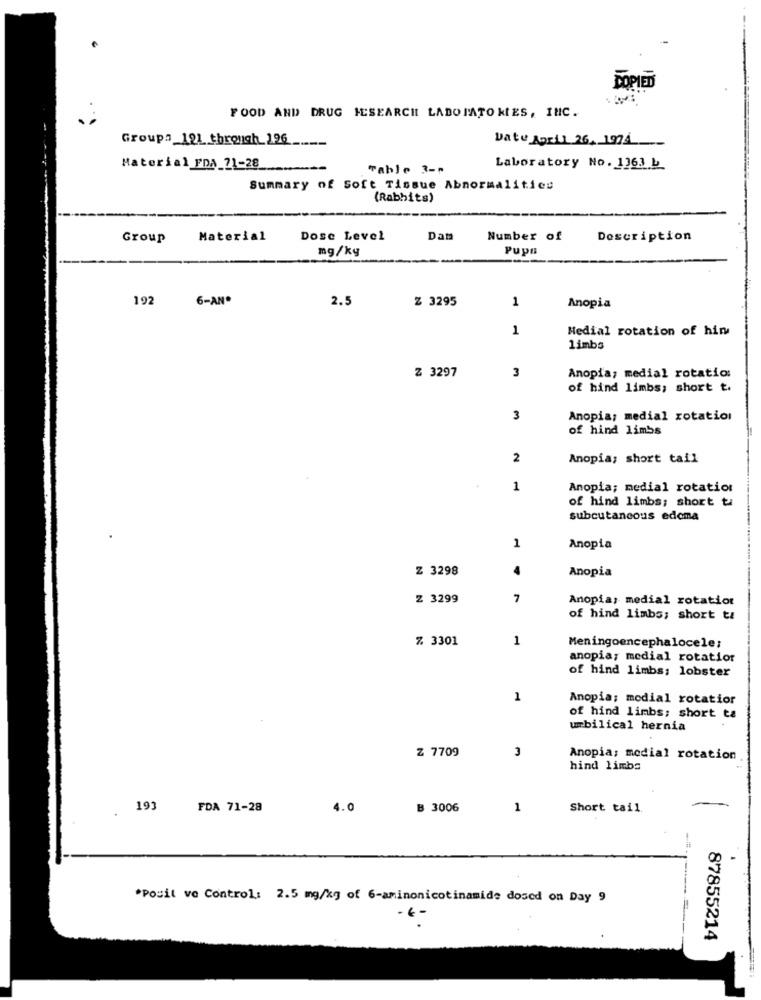
DOPIED
FOOD AND DRUG IESEARCH LADOIATO KIES, INC.
Group: 191 through 196
Date April 26. 1974 ___
Material FDA 71-28
Table 3-5
Laboratory No. 1363 b
Summary of Soft Tissue Abnormalities
(Rabbits)
Group
Material
Dose Level
Dans
Number of
Description
mg/kg
Pups
192
6-ANº
2.5
Z 3295
1
Anopia
1
Medial rotation of him
limbs
Z 3297
3
Anopia; medial rotation
of hind limbs; short t.
3
Anopia; medial rotation
of hind limbs
2
Anopia; short tail
1
Anopia; medial rotation
of hind limbs; short t
subcutaneous edoma
1
Anopia
Z 3298
Anopia
Z 3299
7
Anopia, medial rotation
of hind limbs; short ta
% 3301
1
Meningoencephalocele;
anopia; medial rotation
of hind limbs; lobster
1
Anopia; modial rotatior
of hind limbs; short ta
umbilical hernia
Z 7709
3
Anopia; medial rotation
hind limbs
.
191
FDA 71-28
4.0
B 3006
1
Short tail.
*Posil ve Control: 2.5 mg/kg of 6-aminonicotinamide dosed on Day 9
€ -
87855214